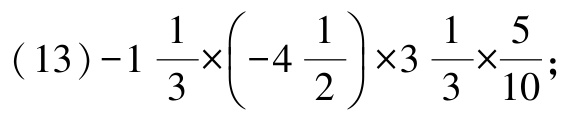
\((13)-1\frac{1}{3}\times\left(-4\frac{1}{2}\right)\times3\frac{1}{3}\times\frac{5}{10};\)